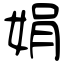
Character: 娟